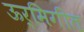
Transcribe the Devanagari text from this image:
ऊर्मिगीत